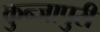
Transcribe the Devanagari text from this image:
कुन्जापुरी